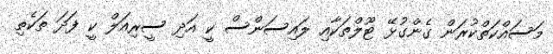
މަސައްކަތްކުރަން ގެންގުޅޭ ޓޫލްތަކާއި ލައިސަންސް ކީ އަދި ސީރިއަލް ކީ ފަދަ ތަކެތި